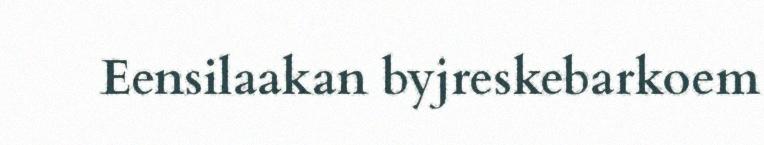
Eensilaakan byjreskebarkoem